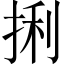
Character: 𪭼